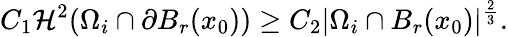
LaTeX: C_{1}\mathcal{H}^{2}(\Omega_{i}\cap\partial B_{r}(x_{0}))\geq C_{2}|\Omega_{i}\cap B_{r}(x_{0})|^{\frac{2}{3}}.